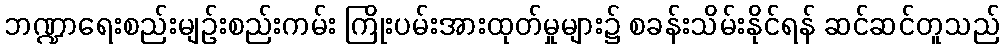
ဘဏ္ဍာရေးစည်းမျဉ်းစည်းကမ်း ကြိုးပမ်းအားထုတ်မှုများ၌ စခန်းသိမ်းနိုင်ရန် ဆင်ဆင်တူသည်